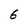
Character: 6